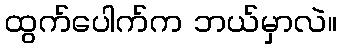
ထွက်ပေါက်က ဘယ်မှာလဲ။